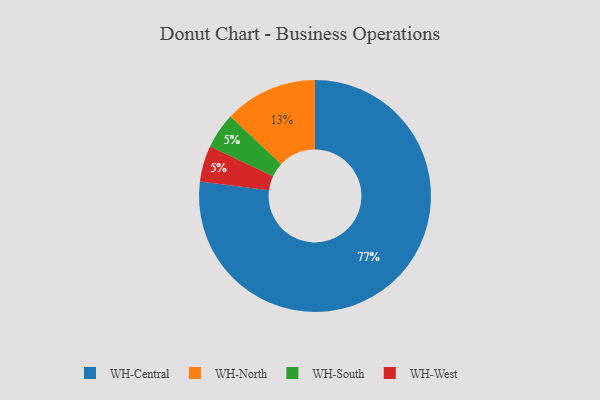
{"axis": {"x": "Category", "y": "Percentage"}, "legend": ["WH-Central", "WH-North", "WH-South", "WH-West"], "data": [{"x": "WH-South", "y": 5, "type": "WH-South"}, {"x": "WH-North", "y": 13, "type": "WH-North"}, {"x": "WH-Central", "y": 77, "type": "WH-Central"}, {"x": "WH-West", "y": 5, "type": "WH-West"}]}